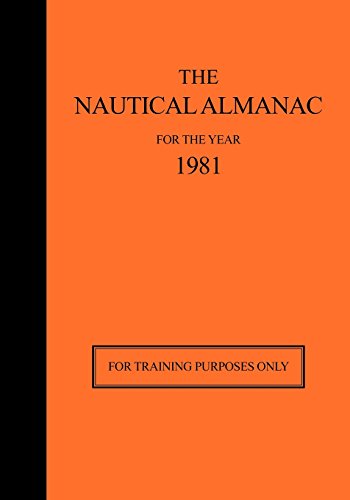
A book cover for The Nautical Almanac for the Year 1981: For Training Purposes Only; Usno Nautical Almanac Office; Reference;